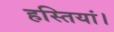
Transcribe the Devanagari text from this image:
हस्तियां।